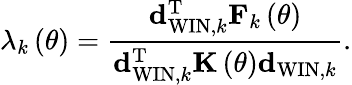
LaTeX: \lambda_{k}\left(\theta\right)=\frac{{\mathbf d}_{\mathrm{WIN},k}^{\mathrm{T}}{\mathbf F}_{k}\left(\theta\right)}{{\mathbf d}_{\mathrm{WIN},k}^{\mathrm{T}}{\mathbf K}\left(\theta\right){\mathbf d}_{\mathrm{WIN},k}}.